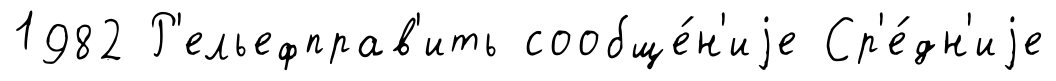
1982 Р'ельефправ'ить сообще́н'иjе Ср'е́дн'иjе